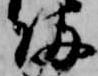
帰